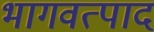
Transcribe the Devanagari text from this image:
भागवत्पाद